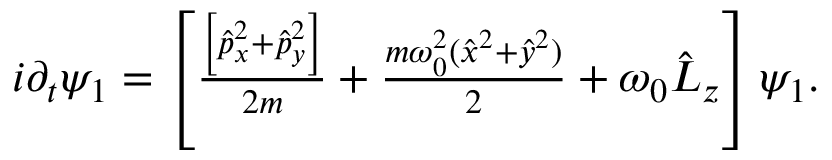
\begin{array} { r } { i \partial _ { t } \psi _ { 1 } = \left[ \frac { \left[ \hat { p } _ { x } ^ { 2 } + \hat { p } _ { y } ^ { 2 } \right] } { 2 m } + \frac { m \omega _ { 0 } ^ { 2 } ( \hat { x } ^ { 2 } + \hat { y } ^ { 2 } ) } { 2 } + \omega _ { 0 } \hat { L } _ { z } \right] \psi _ { 1 } . } \end{array}